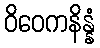
ဝိဝေကနိန္နံ